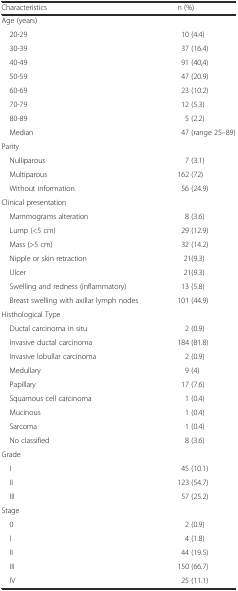
<table><thead><tr><td><b>Characteristics</b></td><td><b>n (%)</b></td></tr></thead><tbody><tr><td colspan="2">Age (years)</td></tr><tr><td> 20-29</td><td>10 (4.4)</td></tr><tr><td> 30-39</td><td>37 (16.4)</td></tr><tr><td> 40-49</td><td>91 (40,4)</td></tr><tr><td> 50-59</td><td>47 (20.9)</td></tr><tr><td> 60-69</td><td>23 (10.2)</td></tr><tr><td> 70-79</td><td>12 (5.3)</td></tr><tr><td> 80-89</td><td>5 (2.2)</td></tr><tr><td> Median</td><td>47 (range 25–89)</td></tr><tr><td colspan="2">Parity</td></tr><tr><td> Nulliparous</td><td>7 (3.1)</td></tr><tr><td> Multiparous</td><td>162 (72)</td></tr><tr><td> Without information</td><td>56 (24.9)</td></tr><tr><td colspan="2">Clinical presentation</td></tr><tr><td> Mammograms alteration</td><td>8 (3.6)</td></tr><tr><td> Lump (&lt;5 cm)</td><td>29 (12.9)</td></tr><tr><td> Mass (&gt;5 cm)</td><td>32 (14.2)</td></tr><tr><td> Nipple or skin retraction</td><td>21(9.3)</td></tr><tr><td> Ulcer</td><td>21(9.3)</td></tr><tr><td> Swelling and redness (inflammatory)</td><td>13 (5.8)</td></tr><tr><td> Breast swelling with axillar lymph nodes</td><td>101 (44.9)</td></tr><tr><td colspan="2">Histhological Type</td></tr><tr><td> Ductal carcinoma in situ</td><td>2 (0.9)</td></tr><tr><td> Invasive ductal carcinoma</td><td>184 (81.8)</td></tr><tr><td> Invasive lobullar carcinoma</td><td>2 (0.9)</td></tr><tr><td> Medullary</td><td>9 (4)</td></tr><tr><td> Papillary</td><td>17 (7.6)</td></tr><tr><td> Squamous cell carcinoma</td><td>1 (0.4)</td></tr><tr><td> Mucinous</td><td>1 (0.4)</td></tr><tr><td> Sarcoma</td><td>1 (0.4)</td></tr><tr><td> No classified</td><td>8 (3.6)</td></tr><tr><td colspan="2">Grade</td></tr><tr><td> I</td><td>45 (10.1)</td></tr><tr><td> II</td><td>123 (54.7)</td></tr><tr><td> III</td><td>57 (25.2)</td></tr><tr><td colspan="2">Stage</td></tr><tr><td> 0</td><td>2 (0.9)</td></tr><tr><td> I</td><td>4 (1.8)</td></tr><tr><td> II</td><td>44 (19.5)</td></tr><tr><td> III</td><td>150 (66.7)</td></tr><tr><td> IV</td><td>25 (11.1)</td></tr></tbody></table>